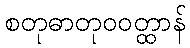
စတုဓာတုဝဝတ္ထာန်